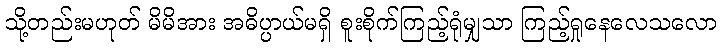
သို့တည်းမဟုတ် မိမိအား အဓိပ္ပာယ်မရှိ စူးစိုက်ကြည့်ရုံမျှသာ ကြည့်ရှုနေလေသလော